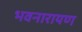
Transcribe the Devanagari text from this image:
भवनारायण